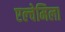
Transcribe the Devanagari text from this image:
एल्चेमिला